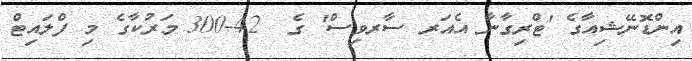
އިންޑޮނޭޝިއާގެ 'ޓްރިގާނާ އެއަރ ސާރވިސް' ގެ  42-300 މަރުކާގެ މި ފްލައިޓް